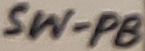
Text: SW-PB